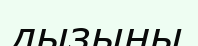
дызыңы